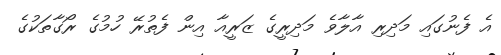
އެ ފެނުގައި މަދިރި އާލާވެ މަދިރީގެ ޒަރީއާ އިން ފެތުރޭ ހުމުގެ ރޯގާތަކުގެ